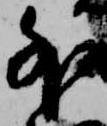
外